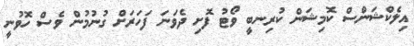
އިލެކްޝަންސް ކޮމިޝަން ކުރިނބީ ވޯޓު ފޮށި ދެވަނަ ފަހަރަށް ގުނުމުން ވެސް ހޮވުނީ